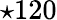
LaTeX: \star 120